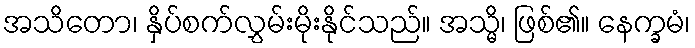
အသိတော၊ နှိပ်စက်လွှမ်းမိုးနိုင်သည်။ အသ္မိ၊ ဖြစ်၏။ နေက္ခမံ၊